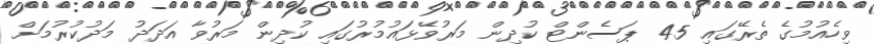
ވިހެއުމުގެ ތެރޭގައި 45 ޕަސެންޓް ކުދިން މަރުވޭޅައުމުރުގައި ކުދިން މަރުވާ އަދަދު މަދުކުރުމަށް